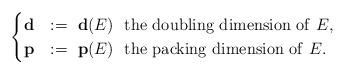
LaTeX: \begin{align*}\begin{cases}{\bf d}&:=~{\bf d}(E)~~\mathrm{the~doubling~dimension~of~}E,\cr{\bf p}&:=~{\bf p}(E)~~\mathrm{the~packing~dimension~of~}E.\end{cases}\end{align*}